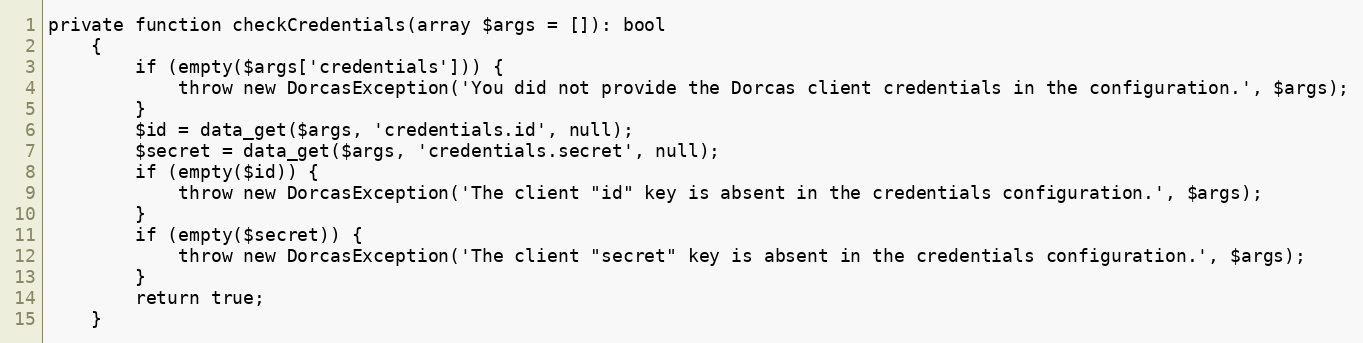
Language: PHP
private function checkCredentials(array $args = []): bool
    {
        if (empty($args['credentials'])) {
            throw new DorcasException('You did not provide the Dorcas client credentials in the configuration.', $args);
        }
        $id = data_get($args, 'credentials.id', null);
        $secret = data_get($args, 'credentials.secret', null);
        if (empty($id)) {
            throw new DorcasException('The client "id" key is absent in the credentials configuration.', $args);
        }
        if (empty($secret)) {
            throw new DorcasException('The client "secret" key is absent in the credentials configuration.', $args);
        }
        return true;
    }